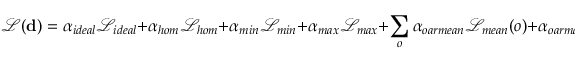
\mathcal { L } ( \mathbf { d } ) = \alpha _ { i d e a l } \mathcal { L } _ { i d e a l } + \alpha _ { h o m } \mathcal { L } _ { h o m } + \alpha _ { m i n } \mathcal { L } _ { m i n } + \alpha _ { m a x } \mathcal { L } _ { m a x } + \sum _ { o } \alpha _ { o a r m e a n } \mathcal { L } _ { m e a n } ( o ) + \alpha _ { o a r m a x } \mathcal { L } _ { m a x } ( o ) ,